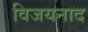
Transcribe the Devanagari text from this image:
विजयनाद